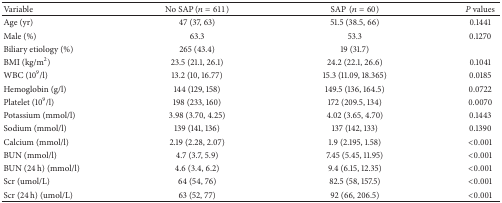
<table><thead><tr><td><b>Variable </b></td><td><b>No SAP(<i>n</i> = 611)</b></td><td><b>SAP(<i>n</i> = 60)</b></td><td><b><i>P</i> values</b></td></tr></thead><tbody><tr><td>Age (yr)</td><td>47 (37, 63)</td><td>51.5 (38.5, 66)</td><td>0.1441</td></tr><tr><td>Male (%)</td><td>63.3</td><td>53.3</td><td>0.1270</td></tr><tr><td>Biliary etiology (%)</td><td>265 (43.4)</td><td>19 (31.7)</td><td> </td></tr><tr><td>BMI (kg/m<sup>2</sup>)</td><td>23.5 (21.1, 26.1)</td><td>24.2 (22.1, 26.6)</td><td>0.1041</td></tr><tr><td>WBC (10<sup>9</sup>/l)</td><td>13.2 (10, 16.77)</td><td>15.3 (11.09, 18.365)</td><td>0.0185</td></tr><tr><td>Hemoglobin (g/l)</td><td>144 (129, 158)</td><td>149.5 (136, 164.5)</td><td>0.0722</td></tr><tr><td>Platelet (10<sup>9</sup>/l)</td><td>198 (233, 160)</td><td>172 (209.5, 134)</td><td>0.0070</td></tr><tr><td>Potassium (mmol/l)</td><td>3.98 (3.70, 4.25)</td><td>4.02 (3.65, 4.70)</td><td>0.1443</td></tr><tr><td>Sodium (mmol/l)</td><td>139 (141, 136)</td><td>137 (142, 133)</td><td>0.1390</td></tr><tr><td>Calcium (mmol/l)</td><td>2.19 (2.28, 2.07)</td><td>1.9 (2.195, 1.58)</td><td>&lt;0.001</td></tr><tr><td>BUN (mmol/l)</td><td>4.7 (3.7, 5.9)</td><td>7.45 (5.45, 11.95)</td><td>&lt;0.001</td></tr><tr><td>BUN (24 h) (mmol/l)</td><td>4.6 (3.4, 6.2)</td><td>9.4 (6.15, 12.35)</td><td>&lt;0.001</td></tr><tr><td>Scr (umol/L)</td><td>64 (54, 76)</td><td>82.5 (58, 157.5)</td><td>&lt;0.001</td></tr><tr><td>Scr (24 h) (umol/L)</td><td>63 (52, 77)</td><td>92 (66, 206.5)</td><td>&lt;0.001</td></tr></tbody></table>